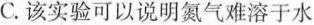
C.该实验可以说明氮气难溶于水